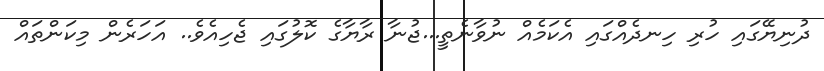
ދުނިޔޭގައި ހުރި ހިނދެއްގައި އެކަމެއް ނުވާނެތީ...ޖުނާ ރާޔާގެ ކޮލުގައި ޖެހިއެވެ.. އަހަރެން މިކަންތައް